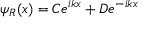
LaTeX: \psi _ { R } ( x ) = C e ^ { i k x } + D e ^ { - i k x }